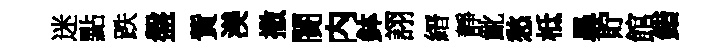
迷點跌盤貲渼撒闠内鉢詡縉靜齔愁柢鼻貯館錯